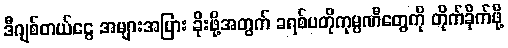
ဒီဂျစ်တယ်ငွေ အများအပြား ခိုးဖို့အတွက် ခရစ်ပတိုကုမ္ပဏီတွေကို တိုက်ခိုက်ဖို့